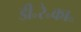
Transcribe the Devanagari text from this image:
डी॰रे॰का॰